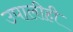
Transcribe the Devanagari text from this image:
उपालीही